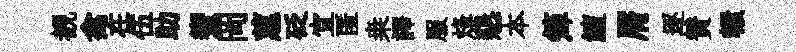
覩禽在伍助蠁岡蕙砭宜匿桒譯服烽懇本𥱼鱣屑逐賛轘